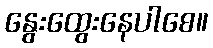
နွေးထွေးနေပါစေ။